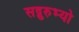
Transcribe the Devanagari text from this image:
सद्गुरुभ्यो